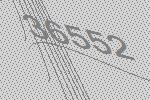
36552